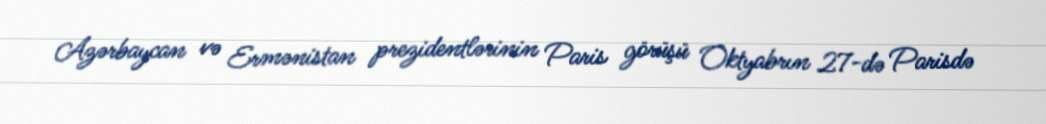
Azərbaycan və Ermənistan prezidentlərinin Paris görüşü Oktyabrın 27-də Parisdə